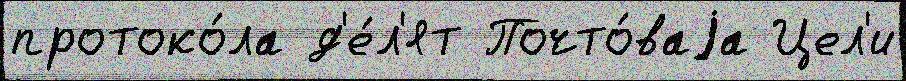
протоко́ла д'е́л'ят Почто́ваjа Цел'и